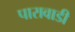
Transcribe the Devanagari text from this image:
पारावाडी